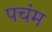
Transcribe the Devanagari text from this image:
पचंम